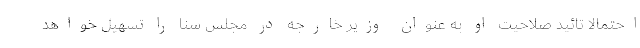
احتمالا تائید صلاحیت او به عنوان وزیر خارجه در مجلس سنا را تسهیل خواهد